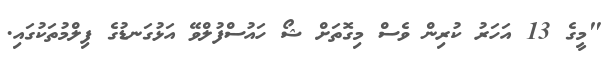
"މީގެ 13 އަހަރު ކުރިން ވެސް މިގޮތަށް ޝޯ ހައުސްފުލްވޭ އަޅުގަނޑުގެ ފިލްމުތަކުގައި.